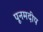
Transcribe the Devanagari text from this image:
पूनमदीप